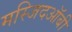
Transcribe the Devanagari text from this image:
मस्जिदऑबी